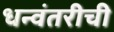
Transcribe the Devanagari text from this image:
धन्वंतरीची